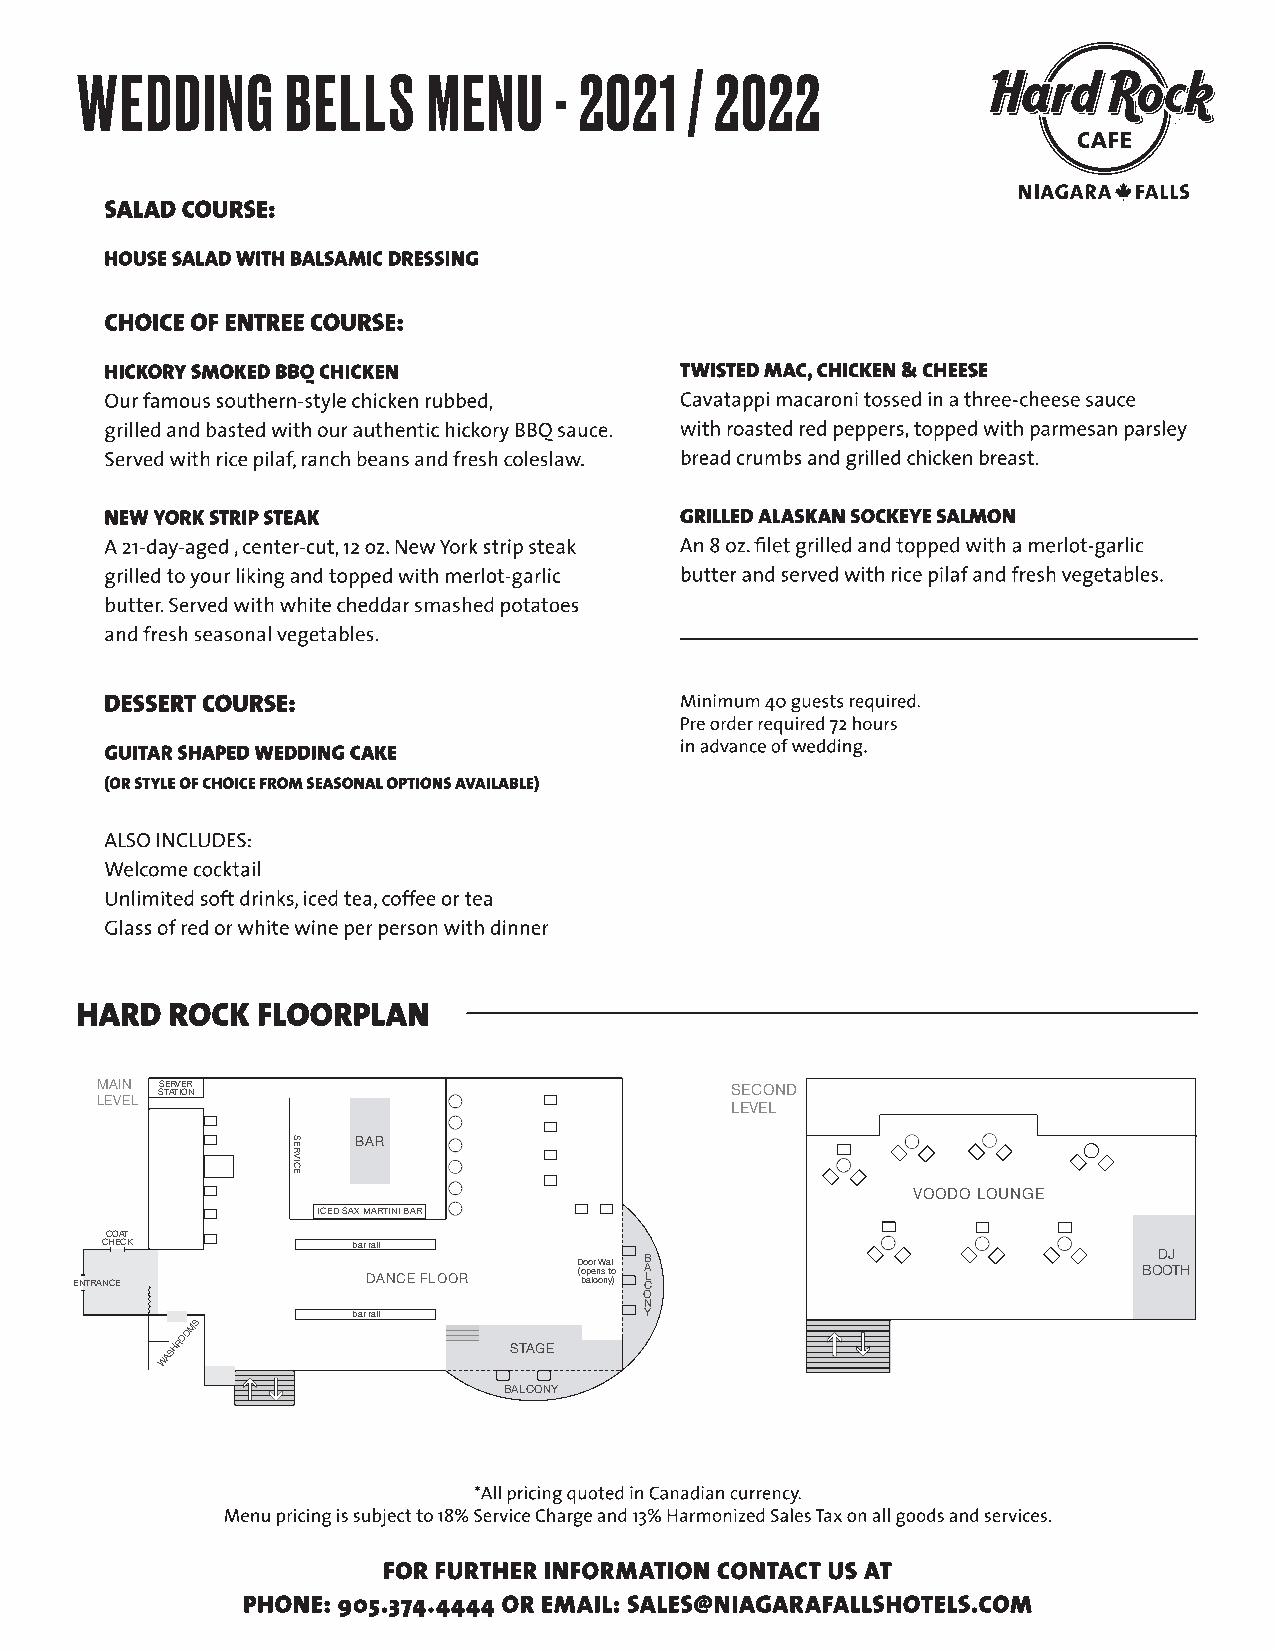
MAIN SERVER
 STATION
 LEVEL
 BAR
 ICEDSAXMARTINIBAR
 COAT
 CHECK              bar rail
 ENTRANCE              DANCE FLOOR     D (o bo p ao le cr n oW s n a ytl o )l A CB L
 O
 N
 bar rail              Y
 MS
 WASHROO
 STAGE
 BALCONY
 MAIN SS TE AR TV IE OR N                  SECOND
 LEVEL
 LEVEL
 BAR
 VOODO LOUNGE
 ICEDSAXMARTINIBAR
 COAT
 CHECK           bar rail
 ENTRANCE           DANCE FLOOR   D (o bo p ao le cr n oW s n a ytl o )l A CB L BOD OJ TH
 O
 N
 bar rail            Y
 WASHROOMS
 STAGE
 BALCONY
 SECOND
 LEVEL
 VOODO LOUNGE
 DJ
 BOOTH
 SERVICE
 SERVICE